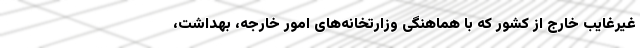
غیرغایب خارج از کشور که با هماهنگی وزارتخانه‌های امور خارجه، بهداشت،